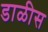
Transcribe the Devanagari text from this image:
डाळीस